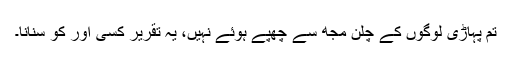
تم پہاڑی لوگوں کے چلن مجھ سے چھپے ہوئے نہیں، یہ تقریر کسی اور کو سُنانا۔